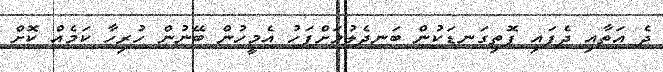
ދެ އަތާއި ދެފައި ފޮތިގަނޑަކުން ބަނދެލުމަށްފަހު އެމީހުން ބޭނުން ހުރިހާ ކަމެއް ކޮށް